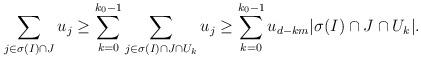
LaTeX: \begin{align*} \sum_{j\in\sigma(I)\cap J}u_j\ge\sum_{k=0}^{k_0-1}\sum_{j\in \sigma(I)\cap J\cap U_k}u_j\ge\sum_{k=0}^{k_0-1}u_{d-km}|\sigma(I)\cap J\cap U_k|.\end{align*}